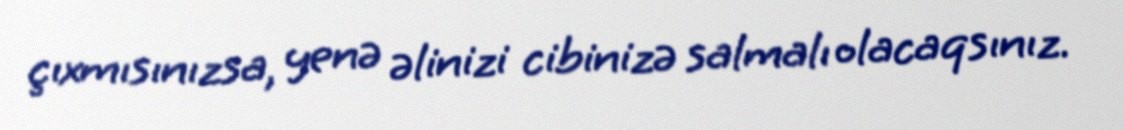
çıxmısınızsa, yenə əlinizi cibinizə salmalı olacaqsınız.